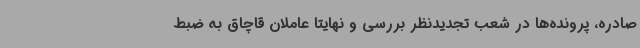
صادره، پرونده‌ها در شعب تجدیدنظر بررسی و نهایتاً عاملان قاچاق به ضبط